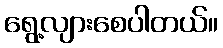
ရွေ့လျားစေပါတယ်။